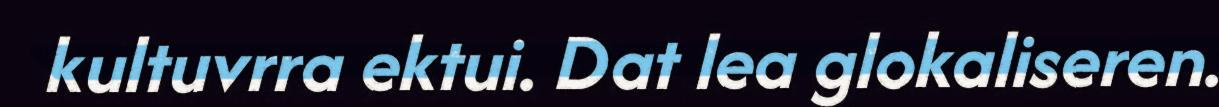
kultuvrra ektui. Dat lea glokaliseren.